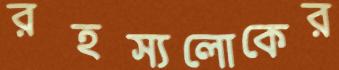
রহস্যলোকের